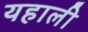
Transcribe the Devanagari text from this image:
यहाली